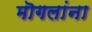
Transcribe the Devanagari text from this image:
मॊगलांना